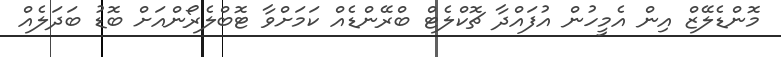
މޮންޑެލޭޒް އިން އެމީހުން އުފައްދާ ޗޮކްލެޓް ބްރޭންޑެއް ކަމަށްވާ ޓޮބްލެރޯންއަށް ބޮޑު ބަދަލެއް